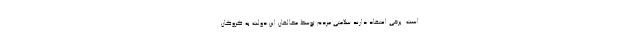
است. برخي اعتقاد دارند سلامتي مردم توسط مخالفان اين دولت به گروگان